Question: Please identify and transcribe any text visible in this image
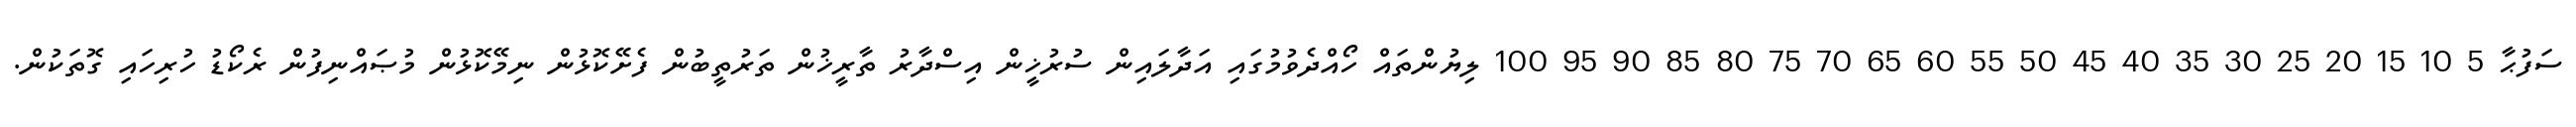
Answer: ސަފުޙާ 5 10 15 20 25 30 35 40 45 50 55 60 65 70 75 80 85 90 95 100 ލިޔުންތައް ހޯއްދެވުމުގައި އަދާލައިން ސުރުޚީން އިސްދާރު ތާރީޚުން ތަރުތީބުން ފެށޭކޮޅުން ނިމޭކޮޅުން މުޞައްނިފުން ރެކޯޑު ހުރިހައި ގޮތަކުން.